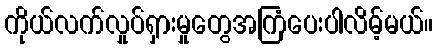
ကိုယ်လက်လှုပ်ရှားမှုတွေအကြံပေးပါလိမ့်မယ်။